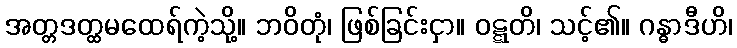
အတ္တဒတ္ထမထေရ်ကဲ့သို့။ ဘဝိတုံ၊ ဖြစ်ခြင်းငှာ။ ဝဋ္ဋတိ၊ သင့်၏။ ဂန္ဓာဒီဟိ၊